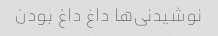
نوشیدنی‌ها داغ داغ بودن